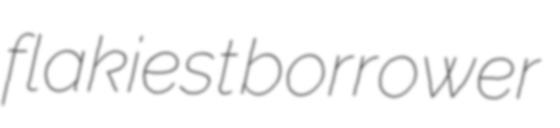
flakiest borrower